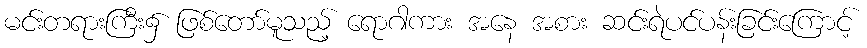
မင်းတရားကြီး၌ ဖြစ်တော်မူသည့် ရောဂါကား အနေ အစား ဆင်းရဲပင်ပန်းခြင်းကြောင့်